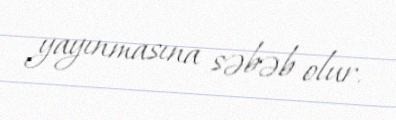
yayınmasına səbəb olur.